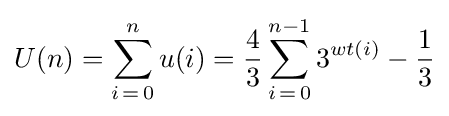
U(n)=\sum _{i\mathop {=} 0}^{n}u(i)={\frac {4}{3}}\sum _{i\mathop {=} 0}^{n-1}3^{wt(i)}-{\frac {1}{3}}